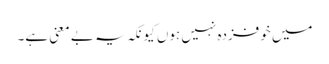
میں خوفزدہ نہیں ہوں کیونکہ یہ بے معنی ہے۔